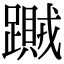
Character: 𨆎